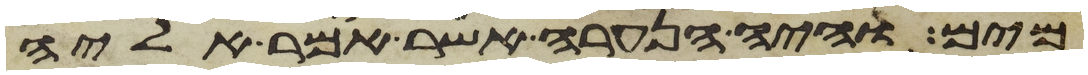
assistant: מים והיה הנערה אשר אמר אליה